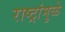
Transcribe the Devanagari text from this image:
राष्ट्रांमुळे